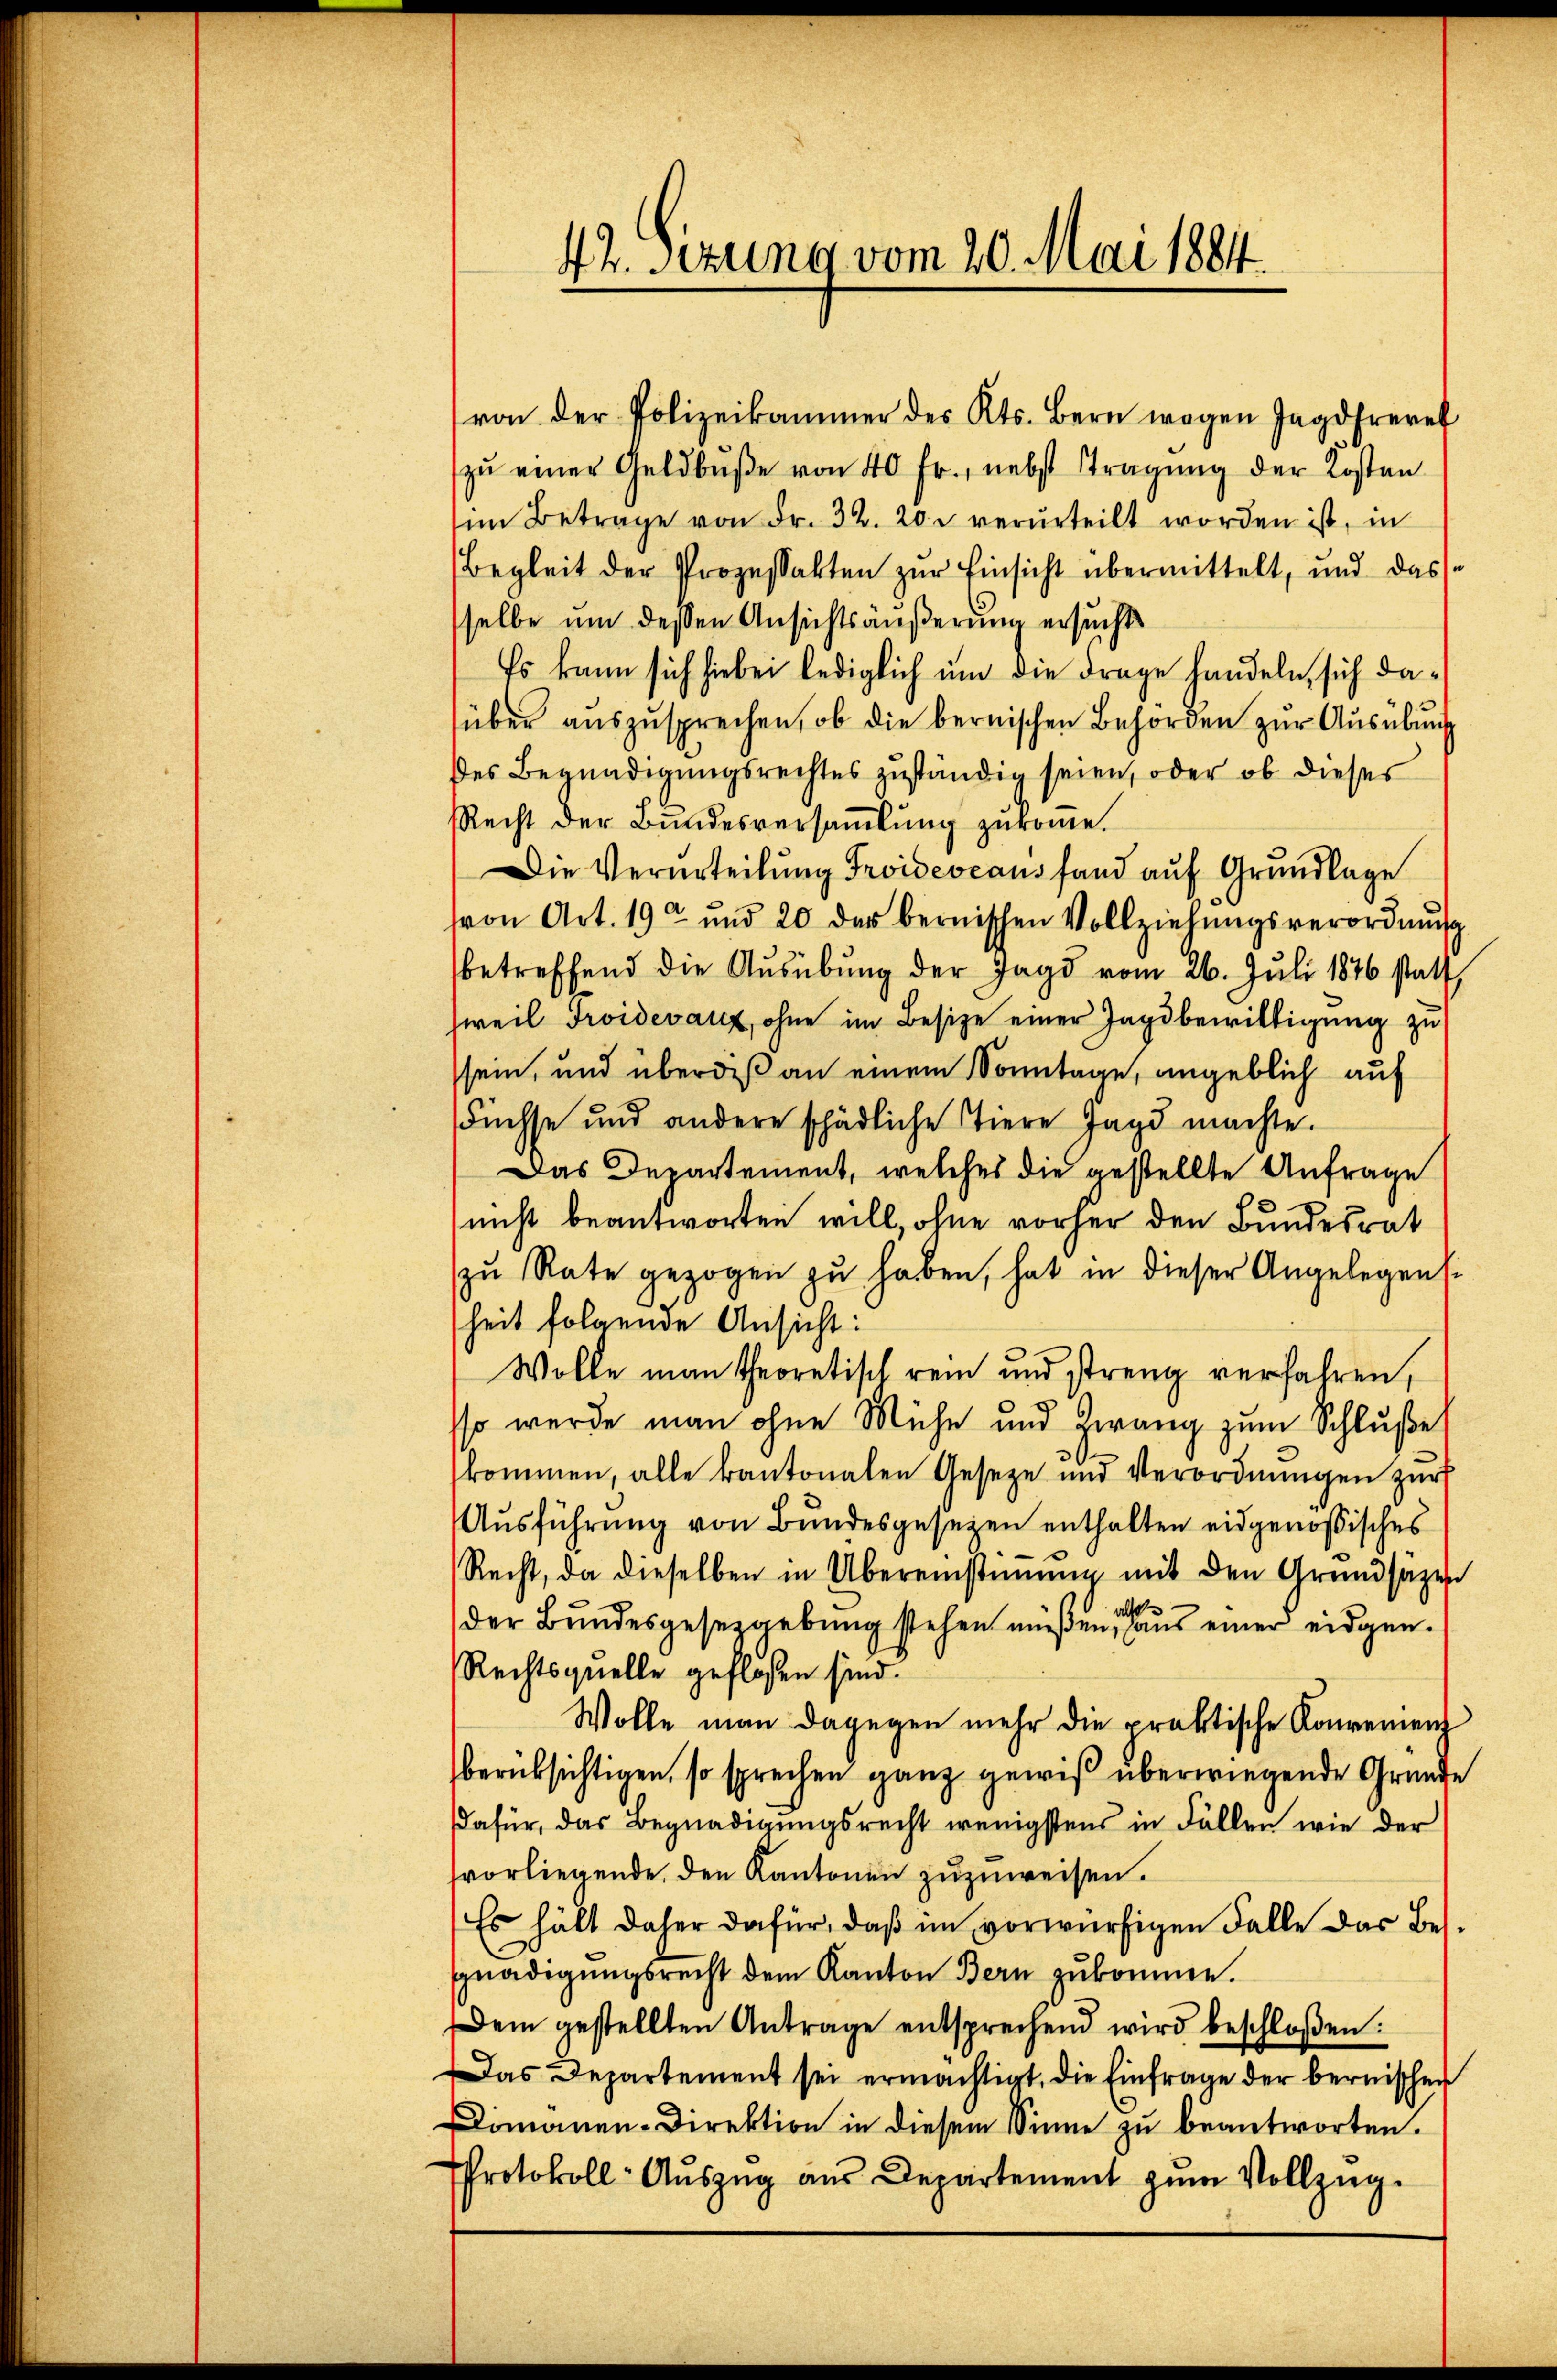
zŭ einer Geldbŭβe von 40 fr., nebst stragung der Kosten
im Betrage von Fr. 32. 20 u. verurteilt worden ist, in
Begleit der Prozessakten zur Einsicht übermittelt, und das
selbe um dessen Ansichtsäußerung ersucht
Es kann sich hiebei lediglich um die Frage handeln, sich daüber auszusprechen, ob die bernischen Behörden zur Ausübung
des Begnadigungsrechtes zuständig seien, oder ob dieses
Recht der Bundesversaṁlŭng zurome.
Die Verurteilung Troideveaus fand auf Grundlage
von Art. 19 und 20 der bernischen Vollziehŭngsverordnŭng
betreffend die Ausübung der Jagd vom 26. Juli 1876 statt,
sweil Froidevanz, ohne im Besitze einer Jagdbewilligung zu
sein, und überdeß an einem Sonntage, angeblich auf
Füchse und andere schädliche Tiere Jagd machte.
Das Departement, welches die gestellte Anfrage
nicht beantworten will, ohne vorher den Bundesrat
zŭ Rate gezogen zŭ haben, hat in dieser Angelegens
heit folgende Ansicht:
Wolle man theoretisch rein und streng verfahren,
sso werde man ohne Mühe und Zwang zum Schluße
kommen, alle kantonalen Geseze und Verordnŭngen zur
Ausführung von Bundesgesetzen enthalten eidgenößisches
Recht, da dieselben in Übereinstimmig mit den Grundsätzen
der Bundesgesetzgebung stehen müßen, aus einer eidgen.
Rechtsquelle geflossen sind.
Wolle man dagegen mehr die praktische Konvenienz
berüksichtigen, so sprechen ganz gewiß überwiegende Gründe
dafür, das Begnadigungsrecht wenigstens in Fällen wie der
svorliegende, den Kantonen zuzuweisen.
Es hält daher dafür, daß im vorwürfigen Falle das Besgnadigungsrecht dem Kanton Bern zukomme.
Dem gestellten Antrage entsprechend wird beschloßen:
Das Departement sei ermächtigt, die Einfrage der bernischen
Domanen-Direktion in diesem Sinne zŭ beantworten.
Protokoll- Aŭszŭg aŭs Departement zŭm Vollzŭg-

42. Sitzung vom 20. Mai 1884.

von der Polizeikammer des Kts. Bern wegen Jagdfrevet